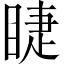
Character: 睫